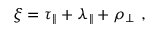
\xi = \tau _ { \parallel } + \lambda _ { \parallel } + \rho _ { \perp } ~ ,